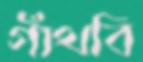
গাঁথবি